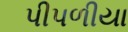
પીપળીયા